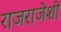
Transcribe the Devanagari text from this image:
राजराजेशी